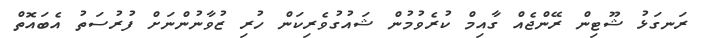
ރަނގަޅު ޝޫޓިން ރޭންޖެއް ގާއިމް ކުރެވުމުން ޝައުގުވެރިކަން ހުރި ޒުވާނުންނަށް ފުރުސަތު އެބައޮތް